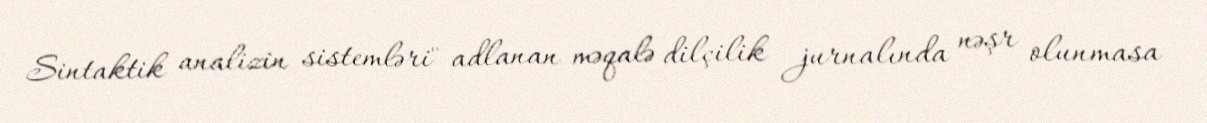
Sintaktik analizin sistemləri" adlanan məqalə dilçilik jurnalında nəşr olunmasa